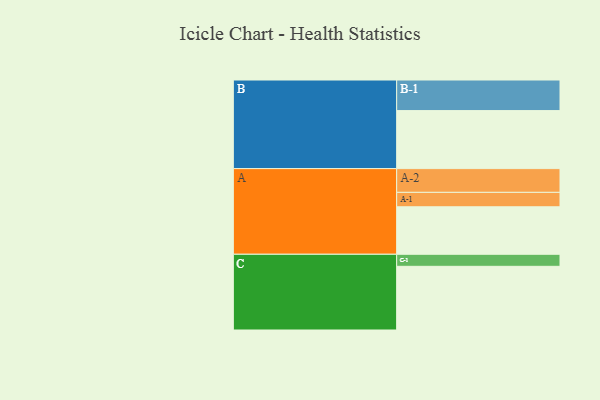
{"axis": {"x": "Segment", "y": "Value"}, "legend": ["", "A", "B", "C"], "data": [{"x": "A", "y": 402, "type": ""}, {"x": "B", "y": 491, "type": ""}, {"x": "C", "y": 539, "type": ""}, {"x": "A-1", "y": 122, "type": "A"}, {"x": "A-2", "y": 201, "type": "A"}, {"x": "B-1", "y": 259, "type": "B"}, {"x": "C-1", "y": 102, "type": "C"}]}